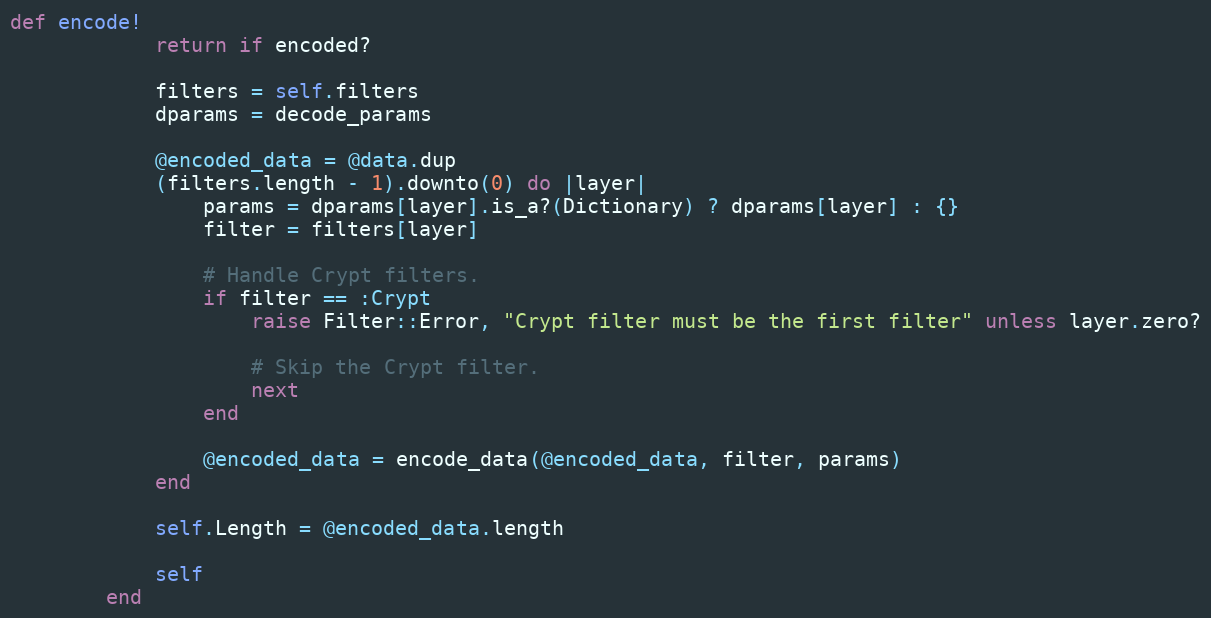
Language: Ruby
def encode!
            return if encoded?

            filters = self.filters
            dparams = decode_params

            @encoded_data = @data.dup
            (filters.length - 1).downto(0) do |layer|
                params = dparams[layer].is_a?(Dictionary) ? dparams[layer] : {}
                filter = filters[layer]

                # Handle Crypt filters.
                if filter == :Crypt
                    raise Filter::Error, "Crypt filter must be the first filter" unless layer.zero?

                    # Skip the Crypt filter.
                    next
                end

                @encoded_data = encode_data(@encoded_data, filter, params)
            end

            self.Length = @encoded_data.length

            self
        end